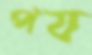
পয